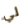
لي